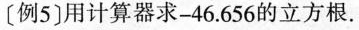
〔例5〕用计算器求-46.656的立方根。